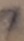
Text: 7